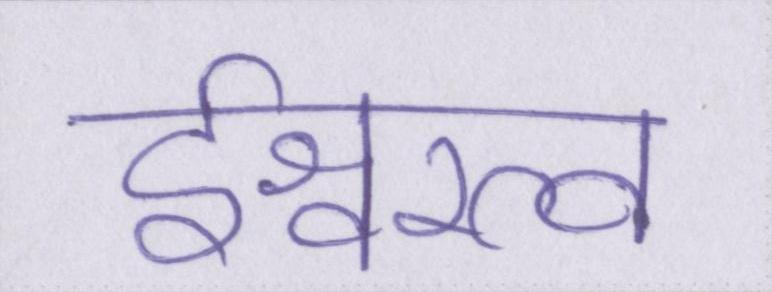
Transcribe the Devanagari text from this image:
ईश्वरत्व